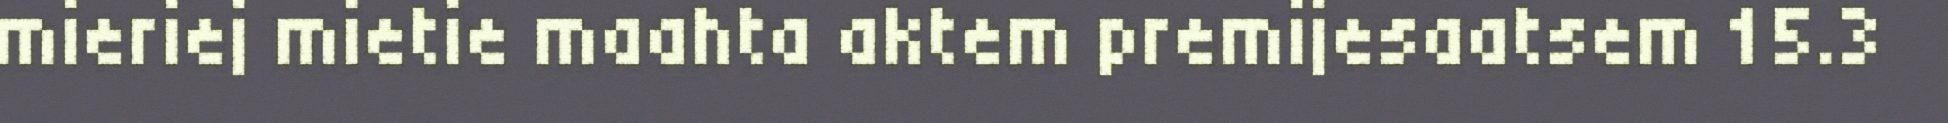
mieriej mietie maahta aktem premijesaatsem 15.3